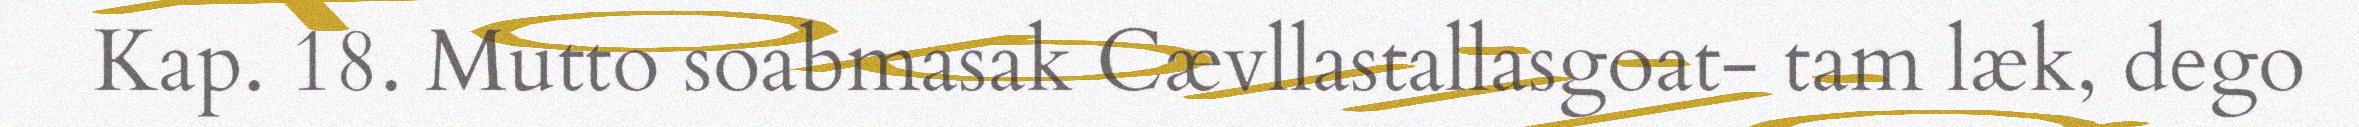
Kap. 18. Mutto soabmasak Cævllastallasgoat- tam læk, dego